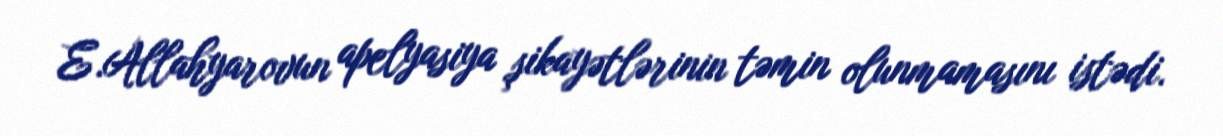
E.Allahyarovun apelyasiya şikayətlərinin təmin olunmamasını istədi.